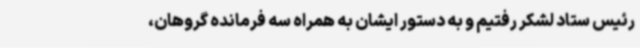
رئیس ستاد لشکر رفتیم و به دستور ایشان به همراه سه فرمانده گروهان،